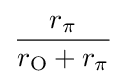
{\frac {r_{\pi }}{r_{\mathrm {O} }+r_{\pi }}}